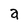
Character: a